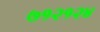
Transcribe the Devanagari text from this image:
७१२१२४